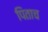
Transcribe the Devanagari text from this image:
पिताच